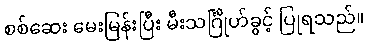
စစ်ဆေး မေးမြန်းပြီး မီးသင်္ဂြိုဟ်ခွင့် ပြုရသည်။